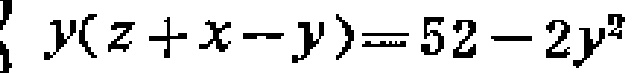
\(y(z + x - y)=52 - 2y^{2}\)